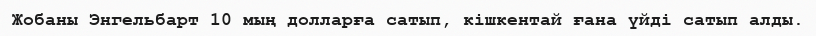
Жобаны Энгельбарт 10 мың долларға сатып, кішкентай ғана үйді сатып алды.